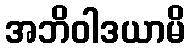
အဘိဝါဒယာမိ